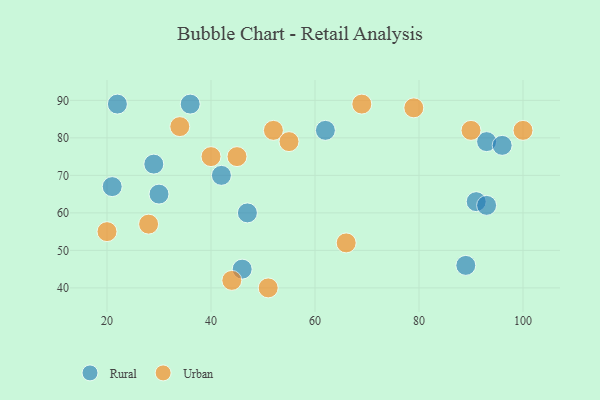
{"axis": {"x": "GDP", "y": "Life Expectancy"}, "legend": ["Rural", "Urban"], "data": [{"x": "91", "y": 63, "type": "Rural"}, {"x": "30", "y": 65, "type": "Rural"}, {"x": "22", "y": 89, "type": "Rural"}, {"x": "29", "y": 73, "type": "Rural"}, {"x": "47", "y": 60, "type": "Rural"}, {"x": "42", "y": 70, "type": "Rural"}, {"x": "21", "y": 67, "type": "Rural"}, {"x": "89", "y": 46, "type": "Rural"}, {"x": "93", "y": 79, "type": "Rural"}, {"x": "62", "y": 82, "type": "Rural"}, {"x": "96", "y": 78, "type": "Rural"}, {"x": "36", "y": 89, "type": "Rural"}, {"x": "46", "y": 45, "type": "Rural"}, {"x": "93", "y": 62, "type": "Rural"}, {"x": "90", "y": 82, "type": "Urban"}, {"x": "45", "y": 75, "type": "Urban"}, {"x": "66", "y": 52, "type": "Urban"}, {"x": "52", "y": 82, "type": "Urban"}, {"x": "20", "y": 55, "type": "Urban"}, {"x": "34", "y": 83, "type": "Urban"}, {"x": "44", "y": 42, "type": "Urban"}, {"x": "28", "y": 57, "type": "Urban"}, {"x": "69", "y": 89, "type": "Urban"}, {"x": "51", "y": 40, "type": "Urban"}, {"x": "100", "y": 82, "type": "Urban"}, {"x": "55", "y": 79, "type": "Urban"}, {"x": "79", "y": 88, "type": "Urban"}, {"x": "40", "y": 75, "type": "Urban"}]}